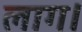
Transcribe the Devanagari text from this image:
लाग।